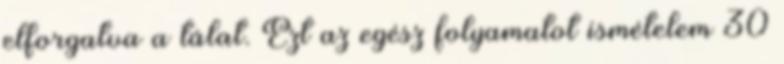
elforgatva a tálat. Ezt az egész folyamatot ismételem 30